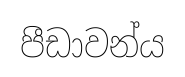
පීඩාවන්ය